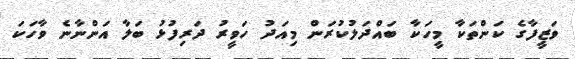
ވަޒީފާގެ ކަންތަކާ މީހަކާ ބައްދަލުކުރަން މިއަދު ހަވީރު ދަރިފުޅު ބަލާ އަންނާނެ ވާހަކަ